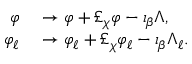
\begin{array} { r l } { \varphi } & { { } \to \varphi + \pounds _ { \chi } \varphi - \iota _ { \beta } \Lambda , } \\ { \varphi _ { \ell } } & { { } \to \varphi _ { \ell } + \pounds _ { \chi } \varphi _ { \ell } - \iota _ { \beta } \Lambda _ { \ell } . } \end{array}